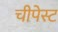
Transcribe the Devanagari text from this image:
चीपेस्ट